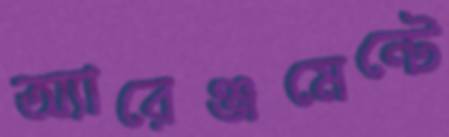
অ্যারেঞ্জমেন্টে